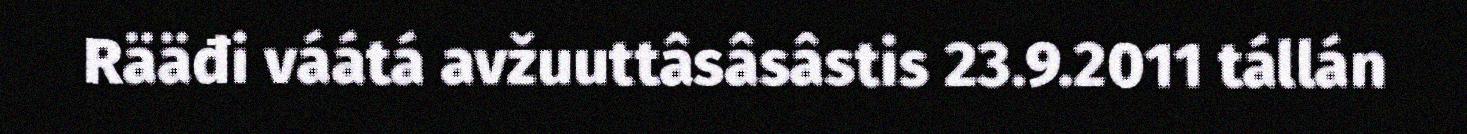
Rääđi váátá avžuuttâsâsâstis 23.9.2011 tállán